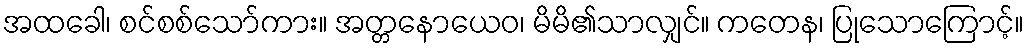
အထခေါ၊ စင်စစ်သော်ကား။ အတ္တနောယေဝ၊ မိမိ၏သာလျှင်။ ကတေန၊ ပြုသောကြောင့်။